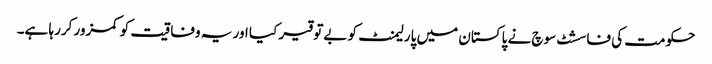
حکومت کی فاسشٹ سوچ نے پاکستان میں پارلیمنٹ کو بےتوقیر کیا اور یہ وفاقیت کو کمزور کررہا ہے۔